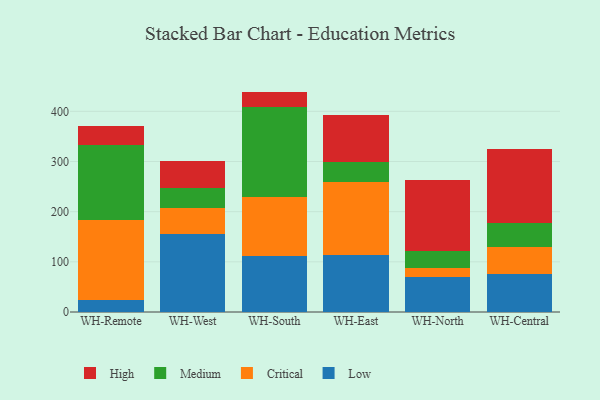
{"axis": {"x": "Warehouse", "y": "Shipments"}, "legend": ["Critical", "High", "Low", "Medium"], "data": [{"x": "WH-Remote", "y": 23.4, "type": "Low"}, {"x": "WH-Remote", "y": 160.7, "type": "Critical"}, {"x": "WH-Remote", "y": 148.6, "type": "Medium"}, {"x": "WH-Remote", "y": 37.7, "type": "High"}, {"x": "WH-West", "y": 155.0, "type": "Low"}, {"x": "WH-West", "y": 52.4, "type": "Critical"}, {"x": "WH-West", "y": 39.2, "type": "Medium"}, {"x": "WH-West", "y": 53.5, "type": "High"}, {"x": "WH-South", "y": 111.0, "type": "Low"}, {"x": "WH-South", "y": 117.6, "type": "Critical"}, {"x": "WH-South", "y": 179.3, "type": "Medium"}, {"x": "WH-South", "y": 31.4, "type": "High"}, {"x": "WH-East", "y": 114.2, "type": "Low"}, {"x": "WH-East", "y": 145.6, "type": "Critical"}, {"x": "WH-East", "y": 39.6, "type": "Medium"}, {"x": "WH-East", "y": 94.2, "type": "High"}, {"x": "WH-North", "y": 68.8, "type": "Low"}, {"x": "WH-North", "y": 18.3, "type": "Critical"}, {"x": "WH-North", "y": 33.8, "type": "Medium"}, {"x": "WH-North", "y": 142.9, "type": "High"}, {"x": "WH-Central", "y": 76.0, "type": "Low"}, {"x": "WH-Central", "y": 53.7, "type": "Critical"}, {"x": "WH-Central", "y": 47.4, "type": "Medium"}, {"x": "WH-Central", "y": 148.2, "type": "High"}]}